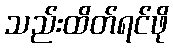
သည်းထိတ်ရင်ဖို